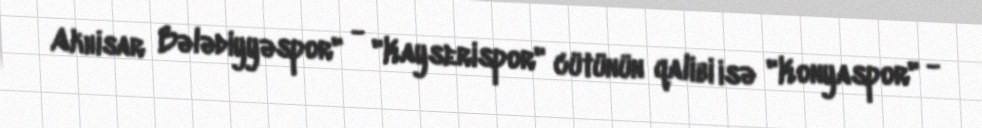
Akhisar Bələdiyyəspor" - "Kayserispor" cütünün qalibi isə "Konyaspor" -